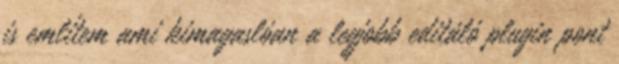
is említem ami kimagaslóan a legjobb editáló plugin pont